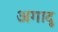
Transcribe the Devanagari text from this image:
अगादू